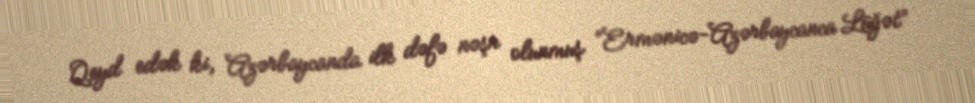
Qeyd edək ki, Azərbaycanda ilk dəfə nəşr olunmuş “Ermənicə-Azərbaycanca Lüğət”